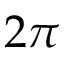
2 \pi